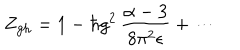
Z _ { \mathrm { g h } } = 1 - \hbar g ^ { 2 } \, \frac { \alpha - 3 } { 8 \pi ^ { 2 } \epsilon } + \cdots